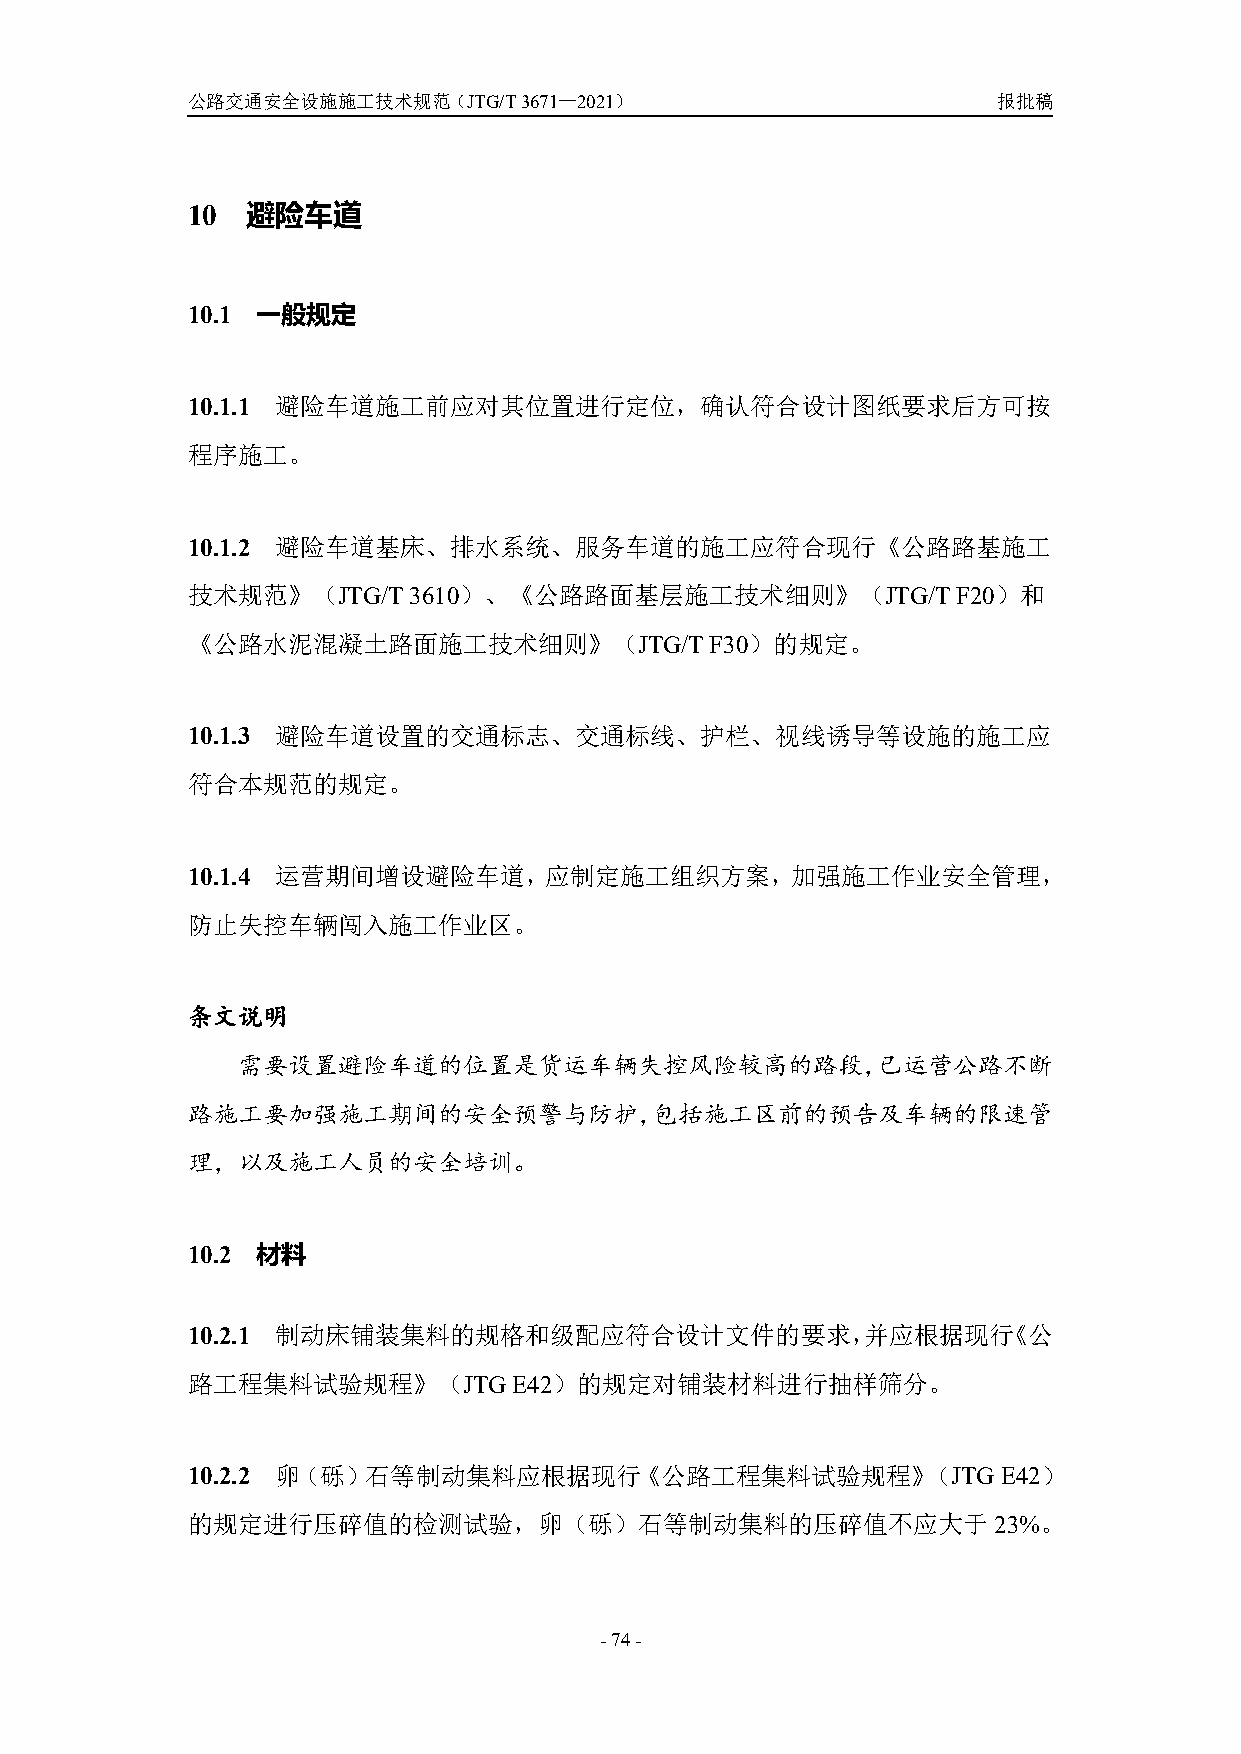
公路交通安全设施施工技术规范（JTG/T3671—2021）                        报批稿
 10  避险车道
 10.1 一般规定
 10.1.1 避险车道施工前应对其位置进行定位，确认符合设计图纸要求后方可按
 程序施工。
 10.1.2 避险车道基床、排水系统、服务车道的施工应符合现行《公路路基施工
 技术规范》（JTG/T    3610）、《公路路面基层施工技术细则》（JTG/T          F20）和
 《公路水泥混凝土路面施工技术细则》（JTG/T            F30）的规定。
 10.1.3 避险车道设置的交通标志、交通标线、护栏、视线诱导等设施的施工应
 符合本规范的规定。
 10.1.4 运营期间增设避险车道，应制定施工组织方案，加强施工作业安全管理，
 防止失控车辆闯入施工作业区。
 条文说明
 需要设置避险车道的位置是货运车辆失控风险较高的路段，已运营公路不断
 路施工要加强施工期间的安全预警与防护，包括施工区前的预告及车辆的限速管
 理，以及施工人员的安全培训。
 10.2 材料
 10.2.1 制动床铺装集料的规格和级配应符合设计文件的要求，并应根据现行《公
 路工程集料试验规程》（JTGE42）的规定对铺装材料进行抽样筛分。
 10.2.2 卵（砾）石等制动集料应根据现行《公路工程集料试验规程》（JTG                E42）
 的规定进行压碎值的检测试验，卵（砾）石等制动集料的压碎值不应大于23%。
 -74-